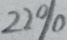
2 2 \%